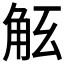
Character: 𧣎